Mental hospitals Bombay report 1921-28 - 1921-1928
Year: 1921
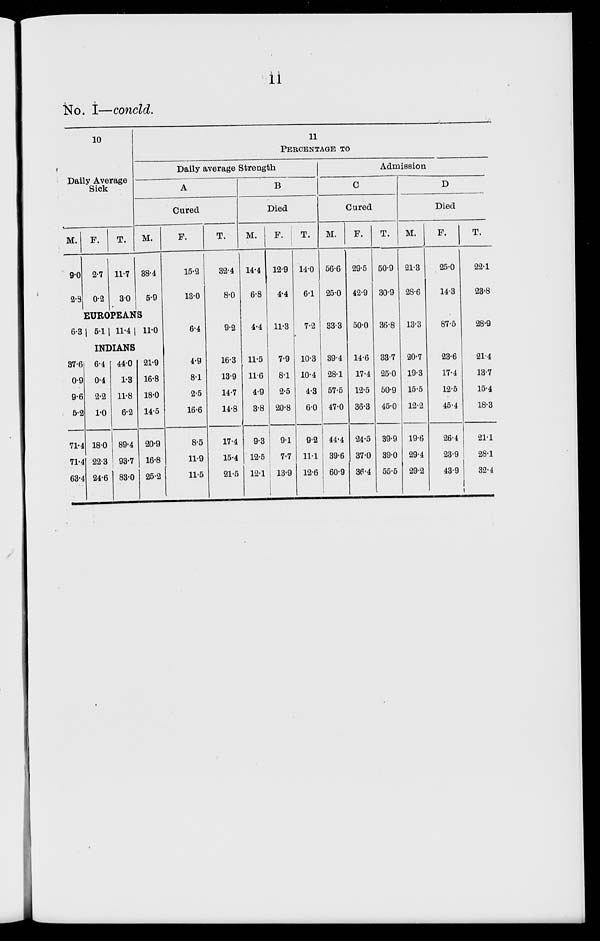
11
No. I—concld.
10
Daily Average
Sick
M.
9.0
2.3
F.
2.7
0.2
T.
11.7
3.0
11
PERCENTAGE TO
Daily average Strength
A
Cured
M.
38.4
5.9
EUROPEANS
6.3 5.11 11.4| 11.0
INDIANS
37.6
0.9
9.6
5.2
71.4
71.4
63.4
6.4
0.4
2.2
1.0
18.0
22.3
24.6
44.0
1.3
11.8
6.2
89.4
93.7
83.0
21.9
16.8
18.0
14.5
20.9
16.8
25.2
F.
15.2
13.0
6.4
4.9
8.1
2.5
16.6
8.5
11.9
11.5
T.
32.4
8.0
9.2
16.3
13.9
14.7
14.8
17.4
15.4
21.5
B
Died
M.
14.4
6.8
4.4
11.5
11.6
4.9
3.8
9.3
12.5
12.1
F.
12.9
4.4
11.3
7.9
8.1
2.5
20.8
9.1
7.7
13.9
T.
14.0
6.1
7.2
10.3
10.4
4.3
6.0
9.2
11.1
12.6
Admission
C
Cured
M.
56.6
25.0
33.3
39.4
28.1
57.5
47.0
44.4
39.6
60.9
F.
29.5
42.9
50.0
14.6
17.4
12.5
36.3
24.5
37.0
36.4
T.
50.9
30.9
36.8
33.7
25.0
50.9
45.0
39.9
39.0
55.5
D
Died
M.
21.3
28.6
13.3
20.7
19.3
15.5
12.2
19.6
29.4
29.2
F.
25.0
14.3
87.5
23.6
17.4
12.5
45.4
26.4
23.9
43.9
T.
22.1
23.8
28.9
21.4
13.7
15.4
18.3
21.1
28.1
32.4